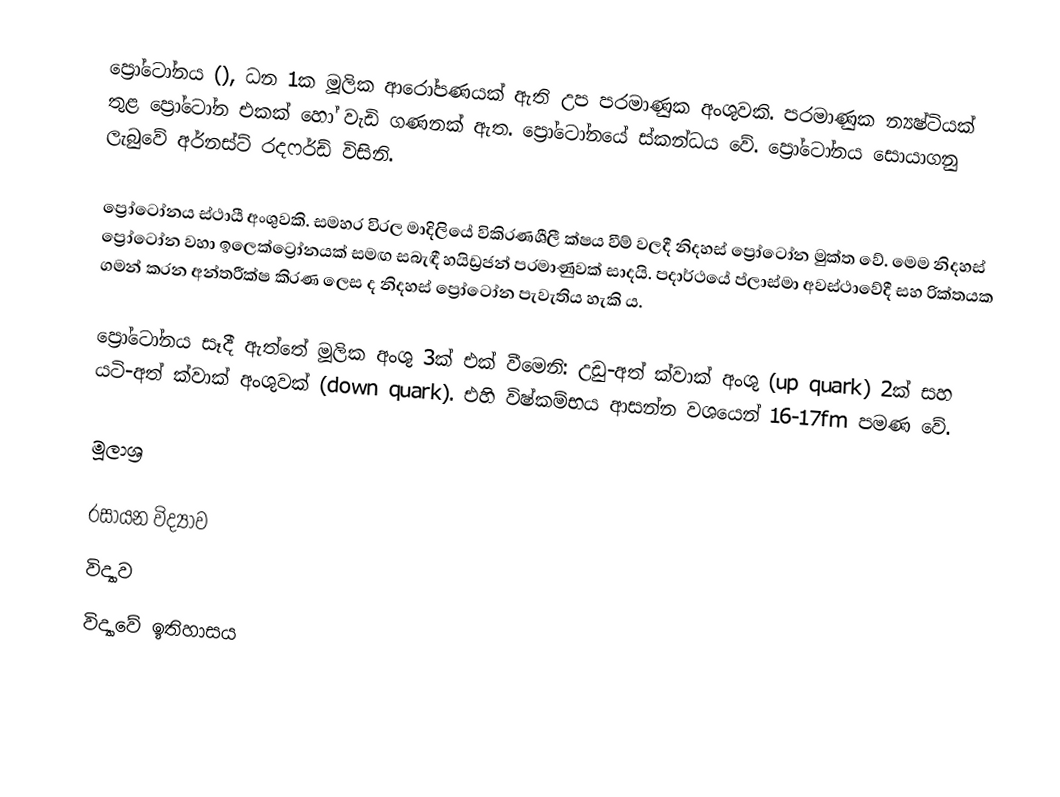
ප්‍රෝටෝනය (), ධන 1ක මූලික ආරෝපණයක් ඇති උප පරමාණුක අංශුවකි. පරමාණුක න්‍යෂ්ටියක් තුළ ප්‍රෝටෝන එකක් හෝ වැඩි ගණනක් ඇත. ප්‍රෝටෝනයේ ස්කන්ධය  වේ. ප්‍රෝටෝනය සොයාගනු ලැබුවේ අර්නස්ට් රදෆර්ඩ් විසිනි.

ප්‍රෝටෝනය ස්ථායී අංශුවකි. සමහර විරල මාදිලියේ විකිරණශීලී ක්ෂය වීම් වලදී නිදහස් ප්‍රෝටෝන මුක්ත වේ. මෙම නිදහස් ප්‍රෝටෝන වහා ඉලෙක්ට්‍රෝනයක් සමඟ සබැඳී හයිඩ්‍රජන් පරමාණුවක් සාදයි. පදාර්ථයේ ප්ලාස්මා අවස්ථාවේදී සහ රික්තයක ගමන් කරන අන්තරීක්ෂ කිරණ ලෙස ද නිදහස් ප්‍රෝටෝන පැවැතිය හැකි ය.

ප්‍රෝටෝනය සෑදී ඇත්තේ මූලික අංශු 3ක් එක් වීමෙනි: උඩු-අත් ක්වාක් අංශු (up quark) 2ක් සහ යටි-අත් ක්වාක් අංශුවක් (down quark). එහි විෂ්කම්භය ආසන්න වශයෙන් 16-17fm පමණ වේ.

මූලාශ්‍ර

රසායන විද්‍යාව
විද්‍යාව
විද්‍යා‍වේ ඉතිහාසය